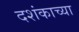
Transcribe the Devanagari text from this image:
दशंकाच्या